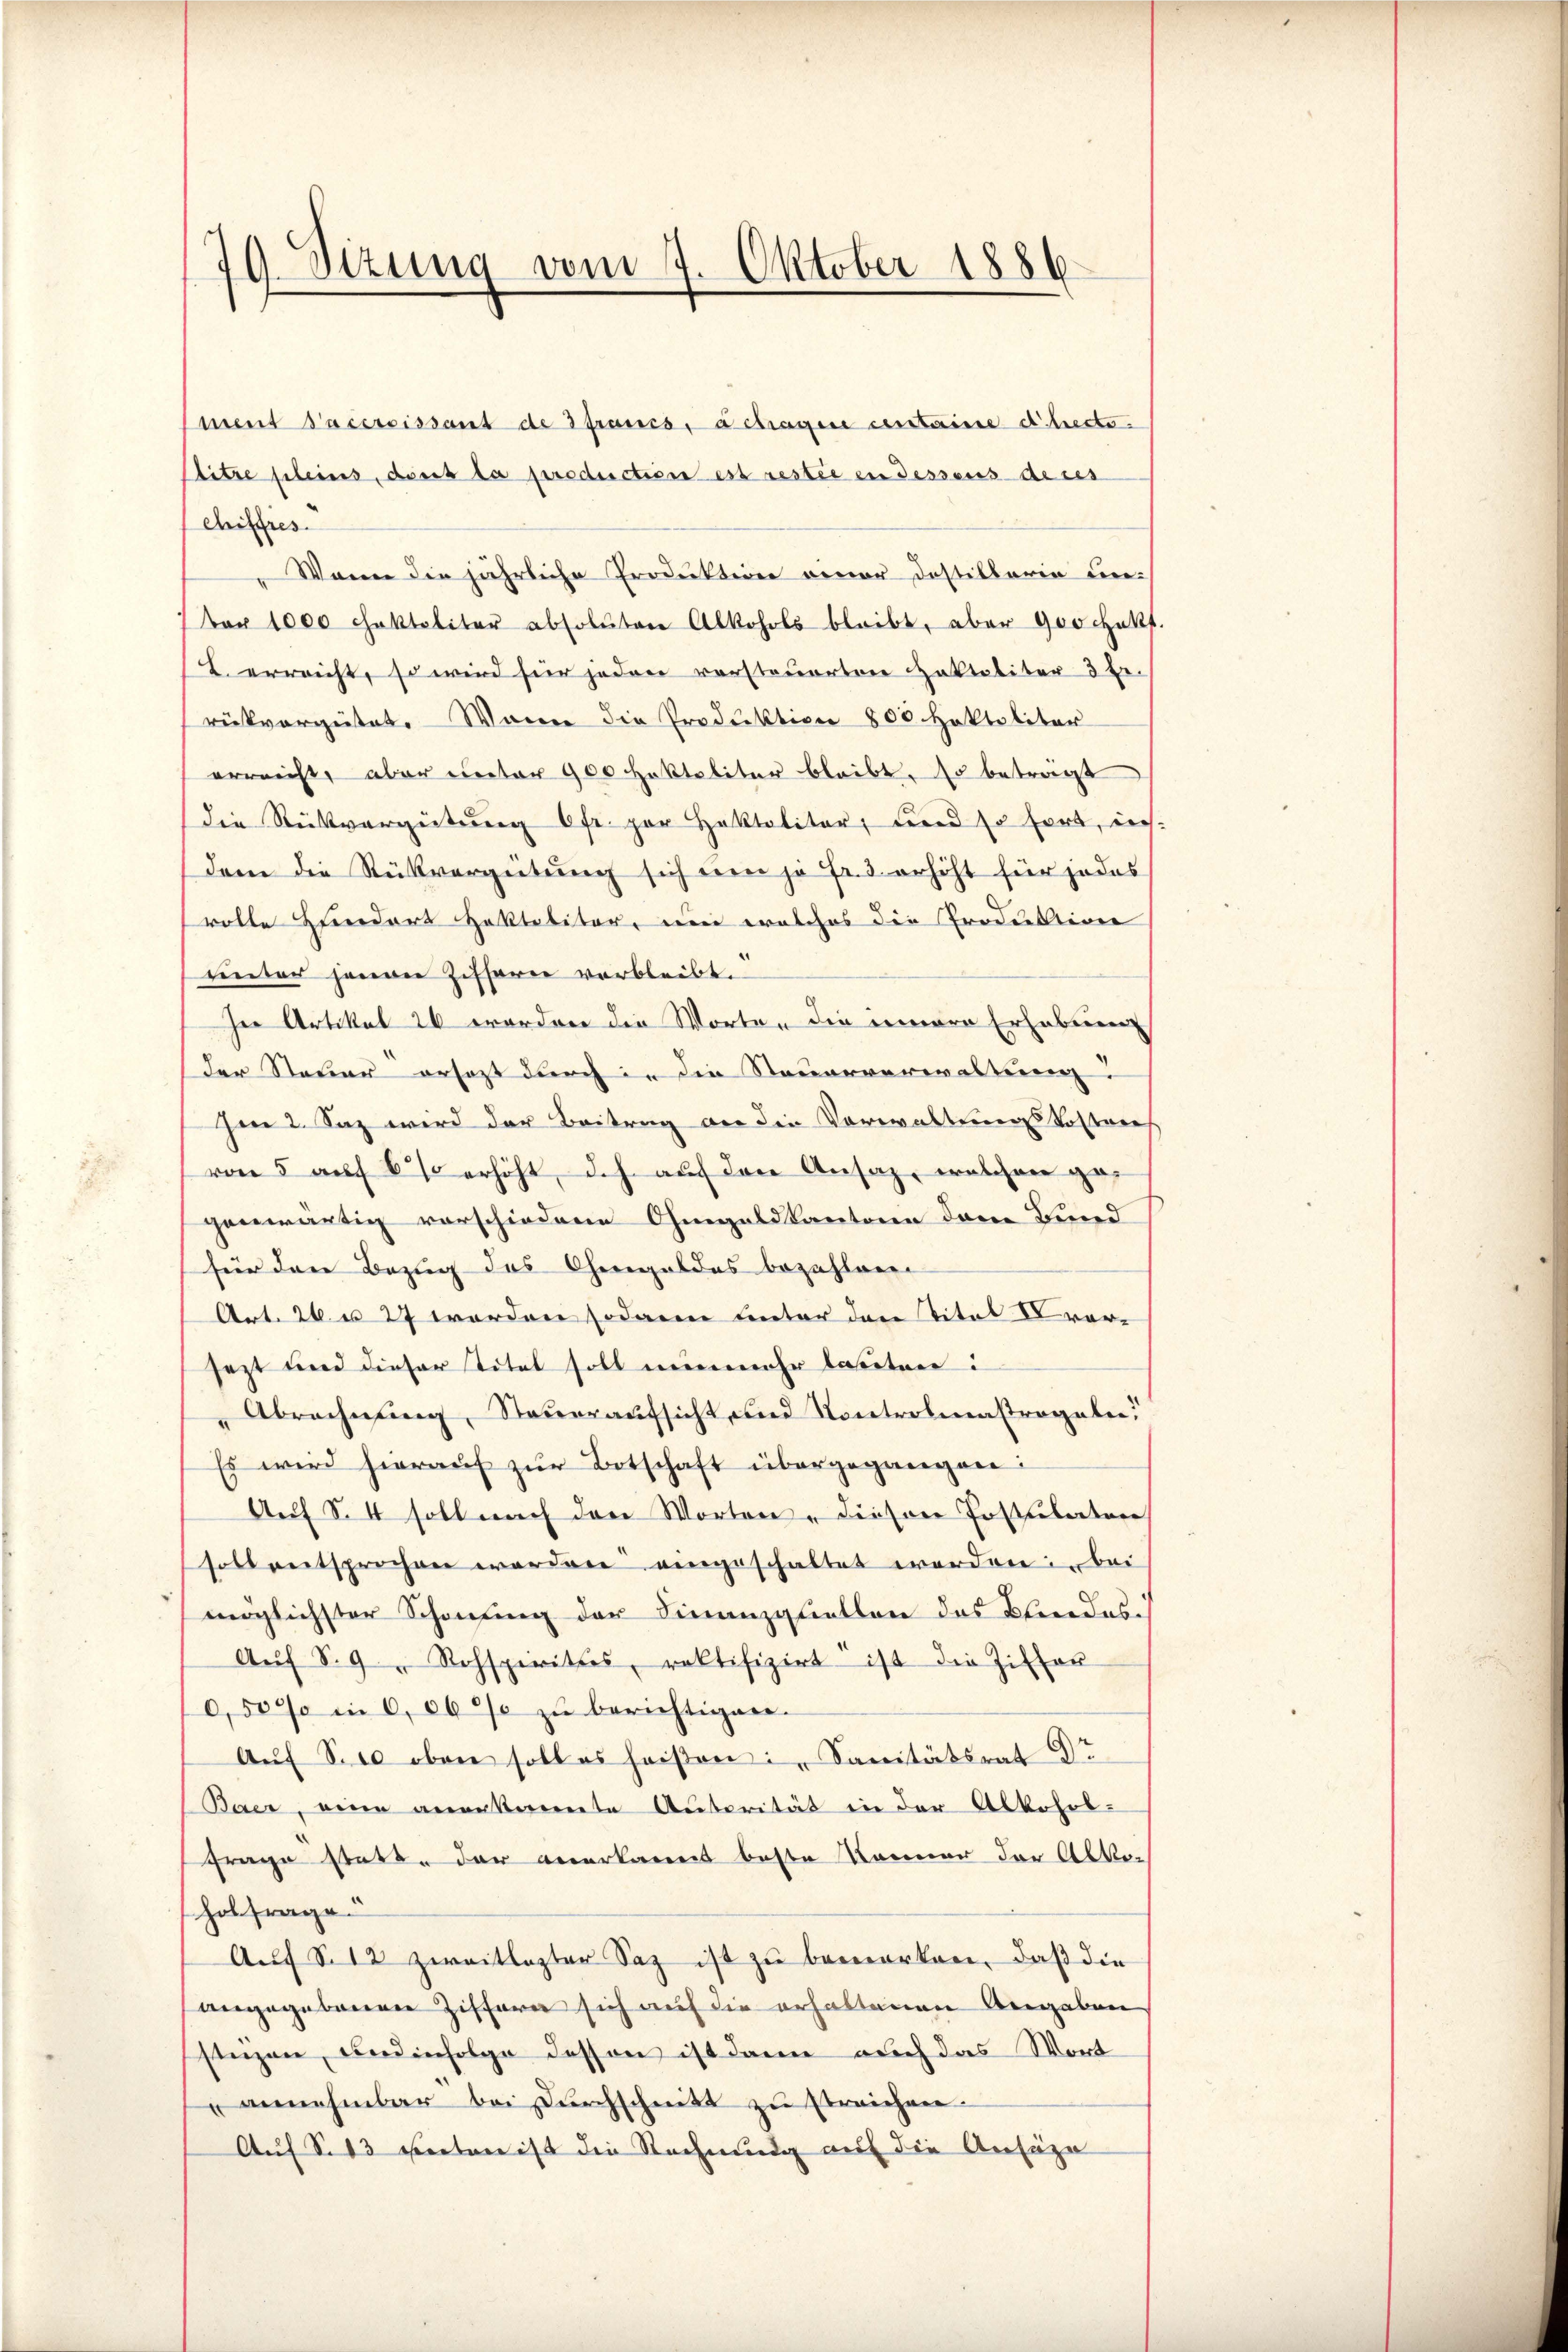
79 Sizung vom 7. Oktober 1886.

ment Pacessissant de francs, betragen centaire d. Recto¬
Sitze fleines, doit la production est restie in dessens dies
Chiffres.
Wann die jährliche Produktion vener Dostillaria unber 1000 chaktaliter absoluten Alkohols bleibt, aber 900 ekt.
L. erreicht, so wird für jeden versteuerten Haktaliter 3 Er-
rükvergütet. Wenn die Produktion 800 Hoktsliter
erreicht, aber unter 900 Haktaliter bleibt. Es beträgt
die Rückverzeitung 6fr. par Haktalitär, und so fort, indem die Rückvergietung sich eren ja Fr. 3 erhöht für jedes
rolle Hundert Haktalitär, um welches die Produktion
unter jenen Ziffern verbleibt.
her Artikel 26 worden die Worten die innere Erhebung
der Steuer ersezt durch in die Steuerverwaltung:
hen 2. Saz wird der Beitrag an die Vorwaltungskostrei
von 5 auf 6 % erhöht, d.h. auf den Ansaz, welchen gegenwärtig vorschiedene Ohmgeldkantone dem Bund
für den Bezug des Chengeldes bezahlen
Art. 26. u 27 worden sodann unter den Titel Xrarsezt und dieser Titel soll nunmehr lauten:
Abrechnung, Steueraufsicht und Kontrolmastrogeln.
Es wird hieraŭf zŭr Botschaft übergegangen:
Auf S. 4 soll nach den Worten - dieser Postulater
soll entsprochen worden eingeschaltet werden: Bei
möglichster Schonung der Finanzqtiellen das Beredes
Aŭf S. 9 " Rehspirittes, rektifizirt ist die Ziffer
0,50% in 0,06% zu berichtigen.
Aŭf S. oben soll es heiβen : Sanitätsrat Dr
Baer, eine anerkannte Autorität in der Alkohol¬
Frage statt, der anerkannt beste Kanner der Abkoholfrage.
A.f S. 12 zweitlester Saz ist zŭ bemerken, daβ die
angegebenen Ziffern sich auf die erhaltenen Angaben
sinzen, und infolge dessen ist dann auch das Wort
" annehmbar bei Dŭrchschnitt zu streichen.
Auf S. 13 verten ist die Rechnung auf die Ansäze